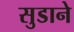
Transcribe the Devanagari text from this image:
सुडाने